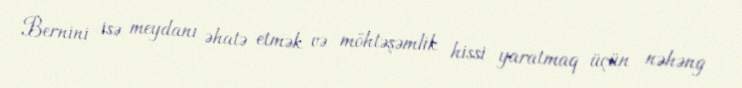
Bernini isə meydanı əhatə etmək və möhtəşəmlik hissi yaratmaq üçün nəhəng